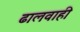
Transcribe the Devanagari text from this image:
ढालवाही